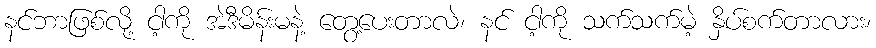
နင်ဘာဖြစ်လို့ ငါ့ကို အဲဒီမိန်းမနဲ့ တွေ့ပေးတာလဲ၊ နင် ငါ့ကို သက်သက်မဲ့ နှိပ်စက်တာလား၊